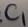
Text: C1